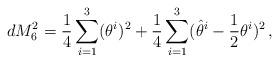
LaTeX: \begin{align*}d M^2_6 = \frac{1}{4}\sum_{i=1}^3 (\theta^i)^2+ \frac{1}{4} \sum_{i=1}^3 (\hat \theta^i - \frac{1}{2}\theta^i)^2 \,,\end{align*}